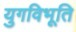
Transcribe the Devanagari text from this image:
युगविभूति